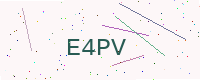
Text: E4PV